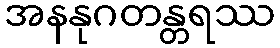
အနနုဂတန္တရဿ